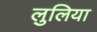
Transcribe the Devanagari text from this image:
लुलिया